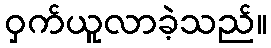
ဝှက်ယူလာခဲ့သည်။